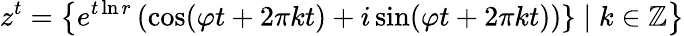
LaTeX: z^{t}=\left\{ e^{t\ln r}\, (\cos(\varphi t+2\pi kt)+i\sin(\varphi t+2\pi kt))\} \mid k\in\mathbb{Z}\right\}